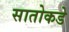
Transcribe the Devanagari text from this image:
सातोकडे